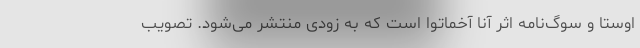
اوِستا و سوگ‌نامه اثر آنّا آخماتُوا است که به زودی منتشر می‌شود. تصویب